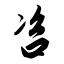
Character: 咨